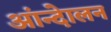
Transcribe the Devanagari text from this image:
आंन्देालन